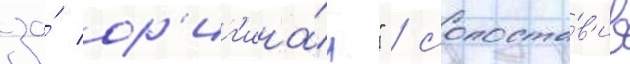
за́ ор'иг'ина́л" / сопоста́в'ив